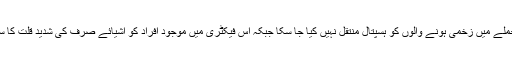
اسلام کا کہنا ہے کہ اس حملے میں زخمی ہونے والوں کو ہسپتال منتقل نہیں کیا جا سکا جبکہ اس فیکٹری میں موجود افراد کو اشیائے صرف کی شدید قلت کا سامنا بھی کرنا پڑ رہا ہے۔